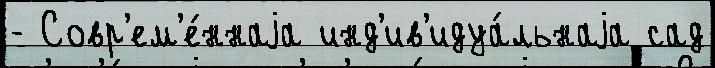
- Совр'ем'е́ннаjа инд'ив'идуа́льнаjа сад